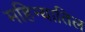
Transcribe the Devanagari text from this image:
महिन्यातिल